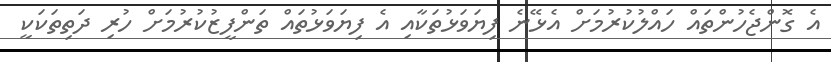
އެ ގޮންޖެހުންތައް ހައްލުކުރުމަށް އެޅޭނެ ފިޔަވަޅުތަކާއި އެ ފިޔަވަޅުތައް ތަންފީޒުކުރުމަށް ހުރި ދަތިތަކަކީ